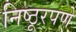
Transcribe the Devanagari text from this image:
निष्ठूरपणे